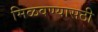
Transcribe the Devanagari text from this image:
मिळवण्यासठी